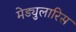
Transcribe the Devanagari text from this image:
मेड्युलारिस